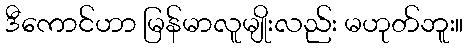
ဒီကောင်ဟာ မြန်မာလူမျိုးလည်း မဟုတ်ဘူး။